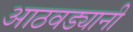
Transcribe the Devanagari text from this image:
आठवड्यानी